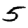
Digit: 5